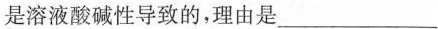
是溶液酸碱性导致的，理由是___